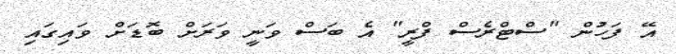
އޭ ފަހުން "ސްޓްރެސް ފްރީ" އެ ބަސް ވަނީ ވަރަށް ބޮޑަށް ވައިގައި